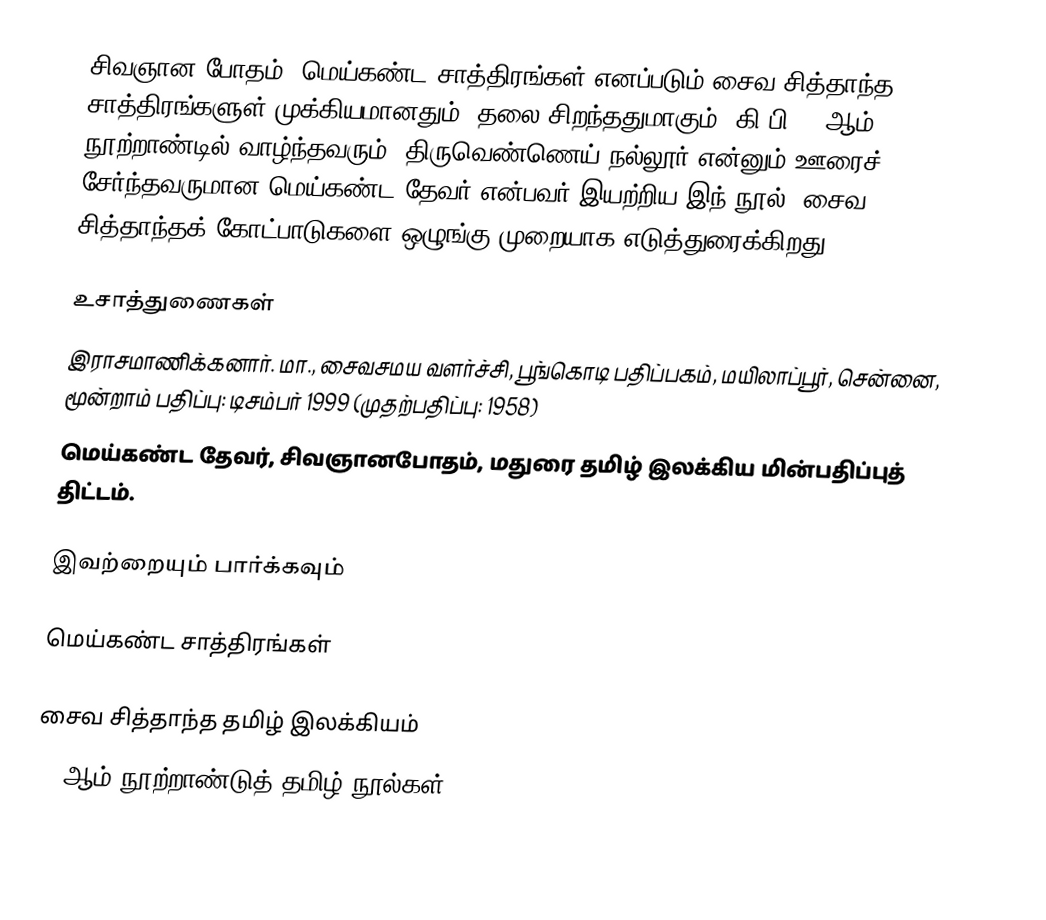
சிவஞான போதம், மெய்கண்ட சாத்திரங்கள் எனப்படும் சைவ சித்தாந்த சாத்திரங்களுள் முக்கியமானதும், தலை சிறந்ததுமாகும். கி.பி 13 ஆம் நூற்றாண்டில் வாழ்ந்தவரும், திருவெண்ணெய் நல்லூர் என்னும் ஊரைச் சேர்ந்தவருமான மெய்கண்ட தேவர் என்பவர் இயற்றிய இந் நூல், சைவ சித்தாந்தக் கோட்பாடுகளை ஒழுங்கு முறையாக எடுத்துரைக்கிறது.

உசாத்துணைகள்
 இராசமாணிக்கனார். மா., சைவசமய வளர்ச்சி, பூங்கொடி பதிப்பகம், மயிலாப்பூர், சென்னை, மூன்றாம் பதிப்பு: டிசம்பர் 1999 (முதற்பதிப்பு: 1958)
 மெய்கண்ட தேவர், சிவஞானபோதம், மதுரை தமிழ் இலக்கிய மின்பதிப்புத் திட்டம்.

இவற்றையும் பார்க்கவும்

 மெய்கண்ட சாத்திரங்கள்

சைவ சித்தாந்த தமிழ் இலக்கியம்
13 ஆம் நூற்றாண்டுத் தமிழ் நூல்கள்